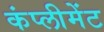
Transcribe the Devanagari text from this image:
कंप्लीमेंट